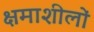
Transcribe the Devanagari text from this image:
क्षमाशीलों